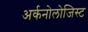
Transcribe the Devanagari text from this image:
अर्कनोलोजिस्ट